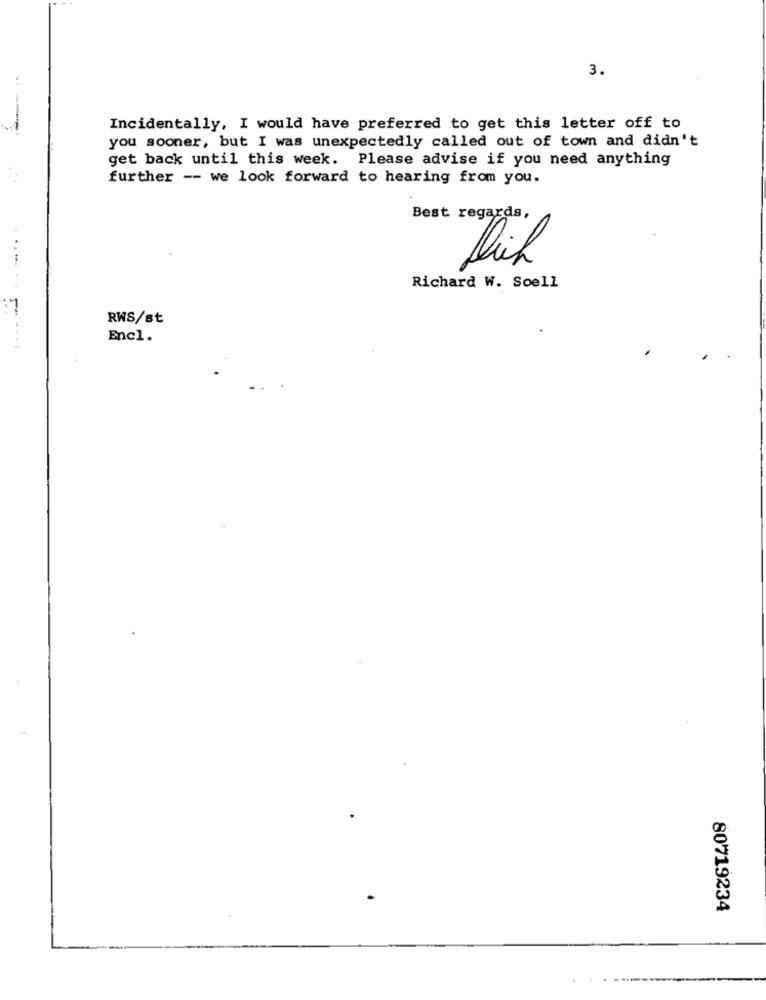
3.
Incidentally, I would have preferred to get this letter off to
you sooner, but I was unexpectedly called out of town and didn't
get back until this week. Please advise if you need anything
further -- we look forward to hearing from you.
Best regards,
Richard W. Soell
:7
RWS/st
Encl.
....
80719234